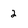
Character: 2